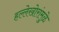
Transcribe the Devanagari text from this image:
हल्लेखोरांमुळे